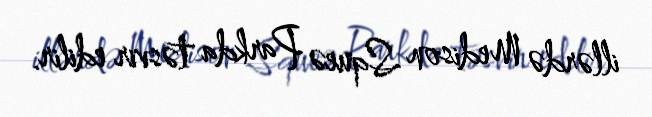
illərdə Medison Squeə Parkda təsvir edilir.